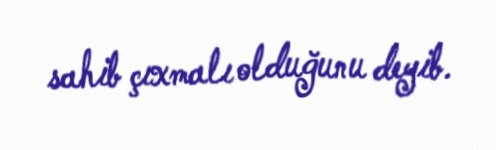
sahib çıxmalı olduğunu deyib.